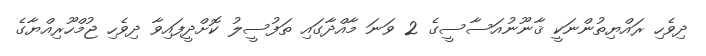
ދިވެހި ރައްޔިތުންނަކީ ޤާނޫނުއަސާސީގެ 2 ވަނަ މާއްދާގައި ތަފުސީލު ކޮށްދީފައިވާ ދިވެހި ޖުމްހޫރިއްޔާގެ